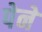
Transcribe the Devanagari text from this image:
पेने